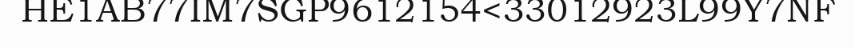
HE1AB77IM7SGP9612154<33012923L99Y7NF